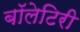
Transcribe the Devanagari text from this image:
बॉलेटिरी